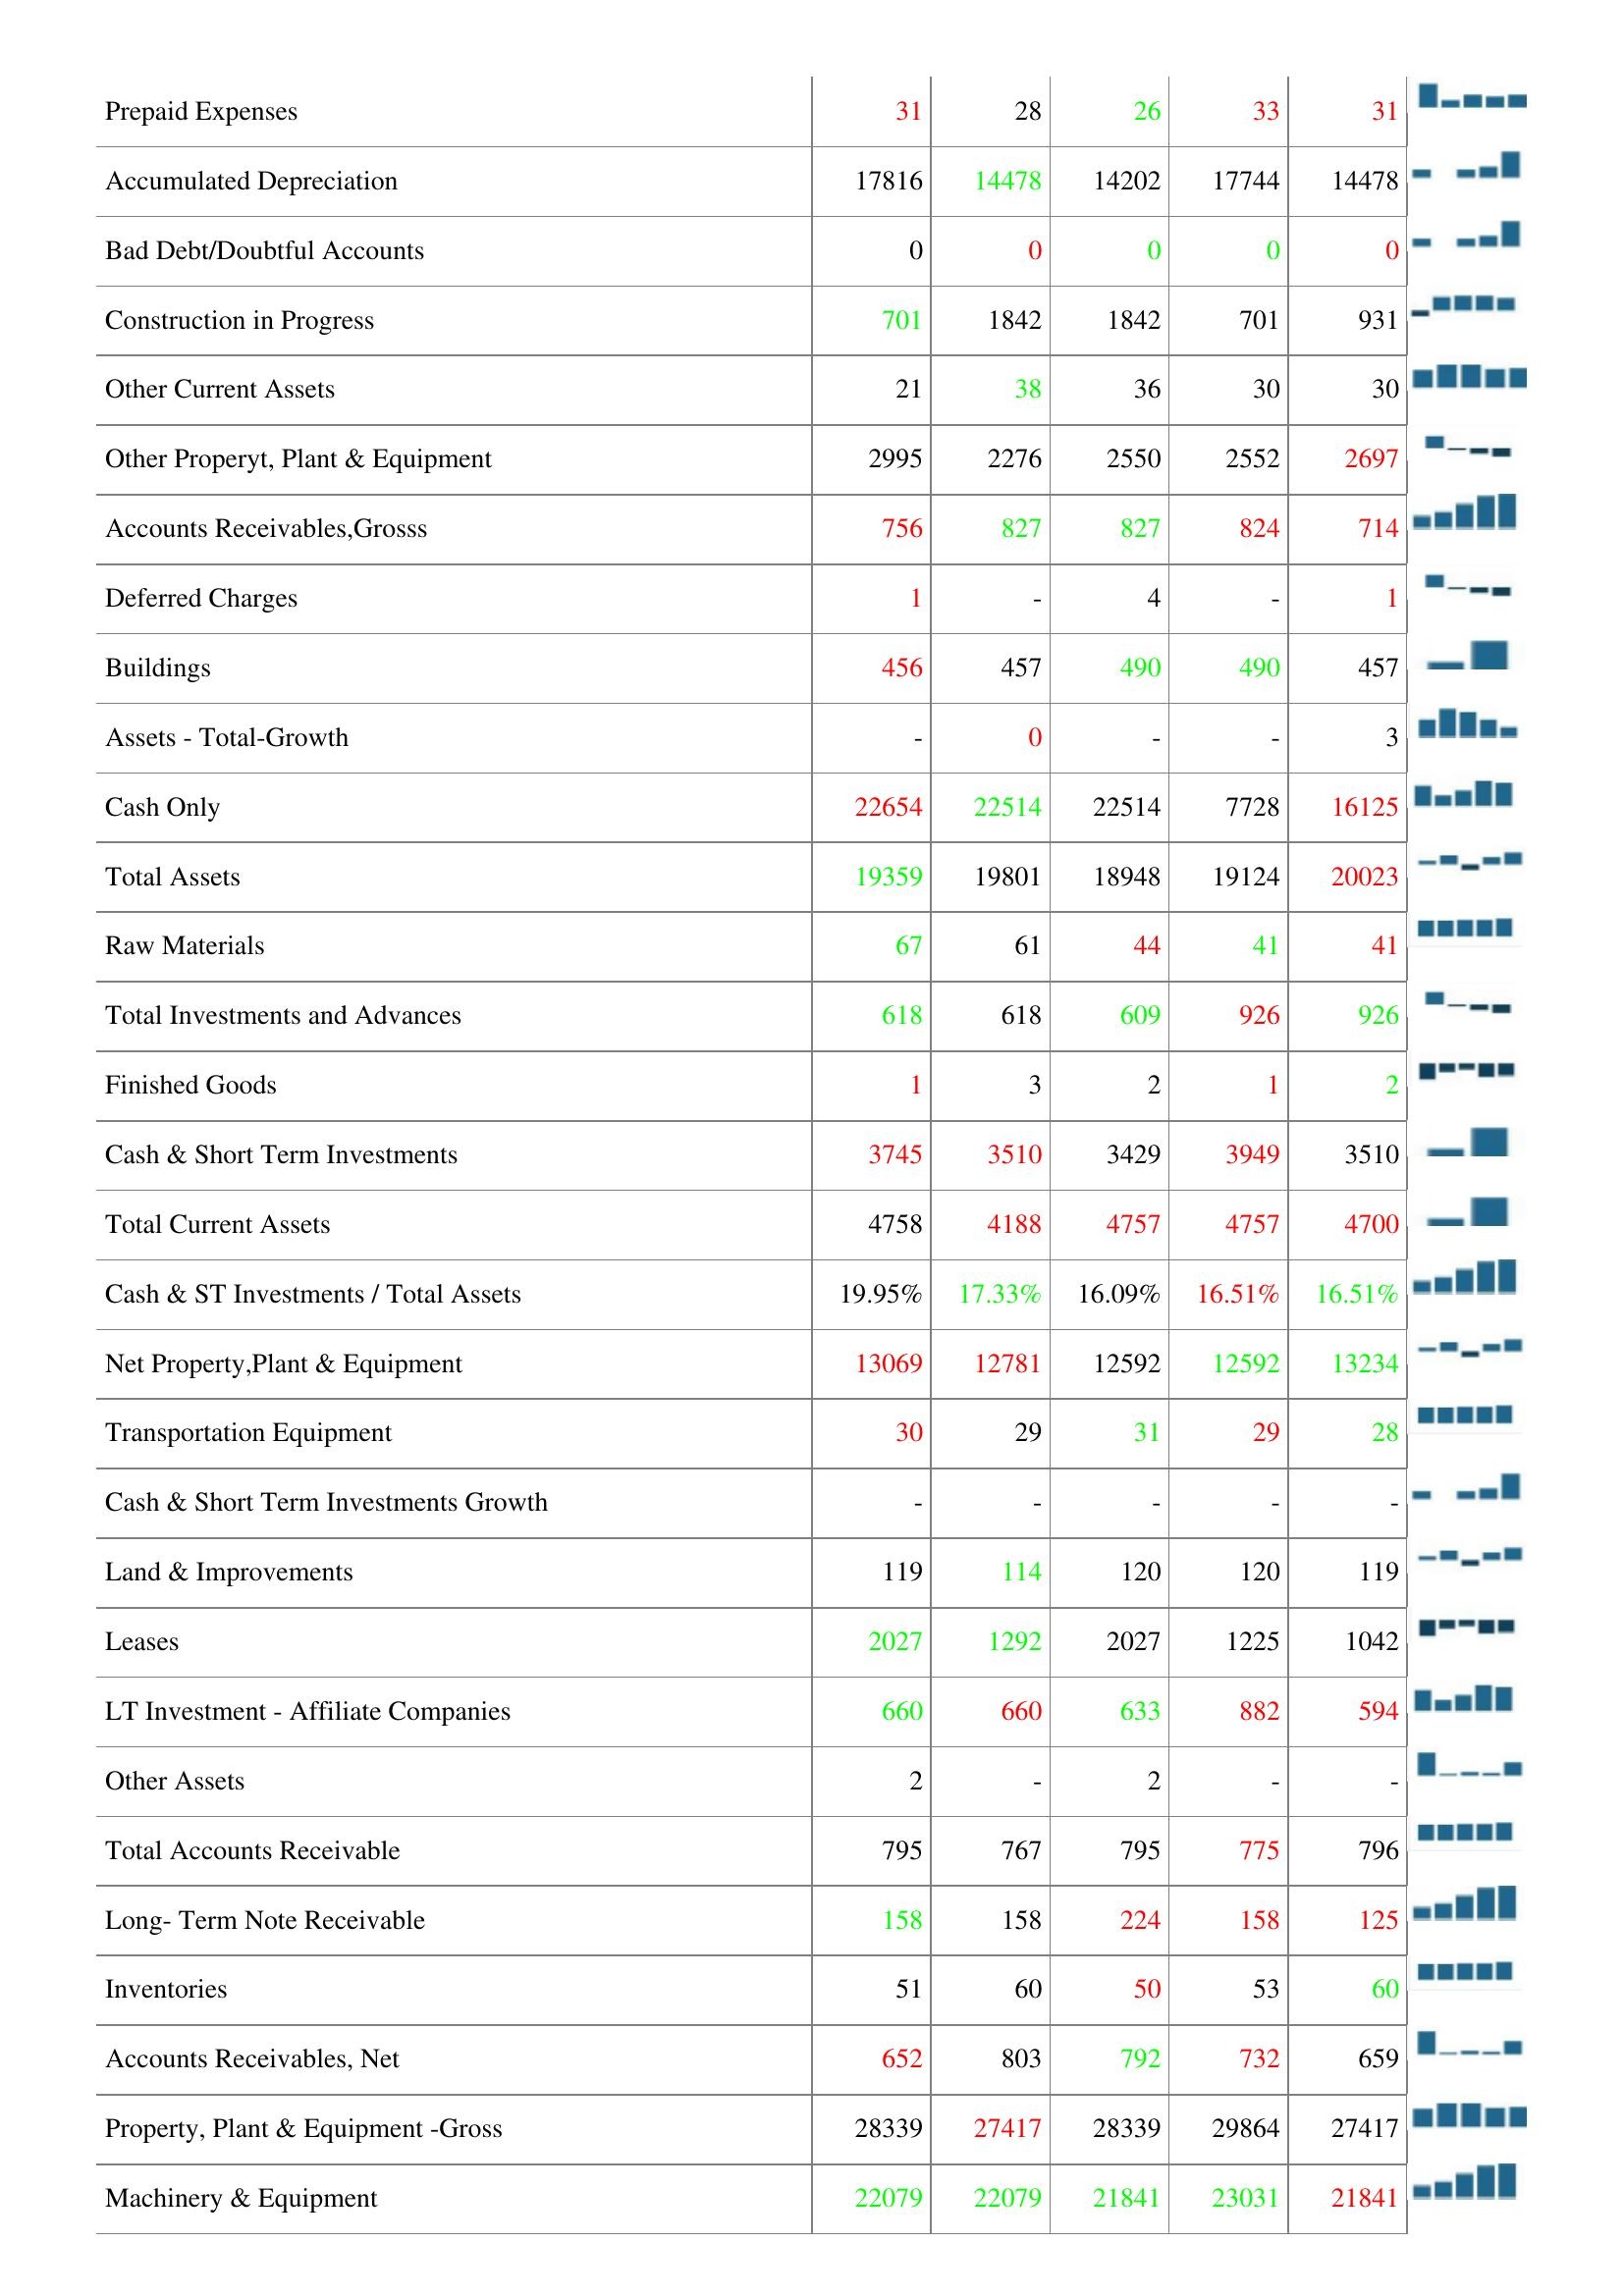
2017: Assets: Asset Turnover: -
Other Receivables: 217
Return On Average Assets: -
Accounts Receivables Growth: 8
Computer Software and Equipment: 209
Accounts Receivable Turnover: 6.13
Prepaid Expenses: 31
Accumulated Depreciation: 17816
Bad Debt/Doubtful Accounts: 0
Construction in Progress: 701
Other Current Assets: 21
Other Properyt, Plant & Equipment: 2995
Accounts Receivables,Grosss: 756
Deferred Charges: 1
Buildings: 456
Assets - Total-Growth: -
Cash Only: 22654
Total Assets: 19359
Raw Materials: 67
Total Investments and Advances: 618
Finished Goods: 1
Cash & Short Term Investments: 3745
Total Current Assets: 4758
Cash & ST Investments / Total Assets: 19.95%
Net Property,Plant & Equipment: 13069
Transportation Equipment: 30
Cash & Short Term Investments Growth: -
Land & Improvements: 119
Leases: 2027
LT Investment - Affiliate Companies: 660
Other Assets: 2
Total Accounts Receivable: 795
Long- Term Note Receivable: 158
Inventories: 51
Accounts Receivables, Net: 652
Property, Plant & Equipment -Gross: 28339
Machinery & Equipment: 22079
2016: Assets: Asset Turnover: 0
Other Receivables: 217
Return On Average Assets: 0
Accounts Receivables Growth: -
Computer Software and Equipment: 181
Accounts Receivable Turnover: 6.51
Prepaid Expenses: 28
Accumulated Depreciation: 14478
Bad Debt/Doubtful Accounts: 0
Construction in Progress: 1842
Other Current Assets: 38
Other Properyt, Plant & Equipment: 2276
Accounts Receivables,Grosss: 827
Deferred Charges: -
Buildings: 457
Assets - Total-Growth: 0
Cash Only: 22514
Total Assets: 19801
Raw Materials: 61
Total Investments and Advances: 618
Finished Goods: 3
Cash & Short Term Investments: 3510
Total Current Assets: 4188
Cash & ST Investments / Total Assets: 17.33%
Net Property,Plant & Equipment: 12781
Transportation Equipment: 29
Cash & Short Term Investments Growth: -
Land & Improvements: 114
Leases: 1292
LT Investment - Affiliate Companies: 660
Other Assets: -
Total Accounts Receivable: 767
Long- Term Note Receivable: 158
Inventories: 60
Accounts Receivables, Net: 803
Property, Plant & Equipment -Gross: 27417
Machinery & Equipment: 22079
2015: Assets: Asset Turnover: 0
Other Receivables: 276
Return On Average Assets: -
Accounts Receivables Growth: -
Computer Software and Equipment: 215
Accounts Receivable Turnover: 6.08
Prepaid Expenses: 26
Accumulated Depreciation: 14202
Bad Debt/Doubtful Accounts: 0
Construction in Progress: 1842
Other Current Assets: 36
Other Properyt, Plant & Equipment: 2550
Accounts Receivables,Grosss: 827
Deferred Charges: 4
Buildings: 490
Assets - Total-Growth: -
Cash Only: 22514
Total Assets: 18948
Raw Materials: 44
Total Investments and Advances: 609
Finished Goods: 2
Cash & Short Term Investments: 3429
Total Current Assets: 4757
Cash & ST Investments / Total Assets: 16.09%
Net Property,Plant & Equipment: 12592
Transportation Equipment: 31
Cash & Short Term Investments Growth: -
Land & Improvements: 120
Leases: 2027
LT Investment - Affiliate Companies: 633
Other Assets: 2
Total Accounts Receivable: 795
Long- Term Note Receivable: 224
Inventories: 50
Accounts Receivables, Net: 792
Property, Plant & Equipment -Gross: 28339
Machinery & Equipment: 21841
2014: Assets: Asset Turnover: 0
Other Receivables: 223
Return On Average Assets: -
Accounts Receivables Growth: -
Computer Software and Equipment: 215
Accounts Receivable Turnover: 6.08
Prepaid Expenses: 33
Accumulated Depreciation: 17744
Bad Debt/Doubtful Accounts: 0
Construction in Progress: 701
Other Current Assets: 30
Other Properyt, Plant & Equipment: 2552
Accounts Receivables,Grosss: 824
Deferred Charges: -
Buildings: 490
Assets - Total-Growth: -
Cash Only: 7728
Total Assets: 19124
Raw Materials: 41
Total Investments and Advances: 926
Finished Goods: 1
Cash & Short Term Investments: 3949
Total Current Assets: 4757
Cash & ST Investments / Total Assets: 16.51%
Net Property,Plant & Equipment: 12592
Transportation Equipment: 29
Cash & Short Term Investments Growth: -
Land & Improvements: 120
Leases: 1225
LT Investment - Affiliate Companies: 882
Other Assets: -
Total Accounts Receivable: 775
Long- Term Note Receivable: 158
Inventories: 53
Accounts Receivables, Net: 732
Property, Plant & Equipment -Gross: 29864
Machinery & Equipment: 23031
2013: Assets: Asset Turnover: -
Other Receivables: 217
Return On Average Assets: -
Accounts Receivables Growth: -
Computer Software and Equipment: 181
Accounts Receivable Turnover: 5.65
Prepaid Expenses: 31
Accumulated Depreciation: 14478
Bad Debt/Doubtful Accounts: 0
Construction in Progress: 931
Other Current Assets: 30
Other Properyt, Plant & Equipment: 2697
Accounts Receivables,Grosss: 714
Deferred Charges: 1
Buildings: 457
Assets - Total-Growth: 3
Cash Only: 16125
Total Assets: 20023
Raw Materials: 41
Total Investments and Advances: 926
Finished Goods: 2
Cash & Short Term Investments: 3510
Total Current Assets: 4700
Cash & ST Investments / Total Assets: 16.51%
Net Property,Plant & Equipment: 13234
Transportation Equipment: 28
Cash & Short Term Investments Growth: -
Land & Improvements: 119
Leases: 1042
LT Investment - Affiliate Companies: 594
Other Assets: -
Total Accounts Receivable: 796
Long- Term Note Receivable: 125
Inventories: 60
Accounts Receivables, Net: 659
Property, Plant & Equipment -Gross: 27417
Machinery & Equipment: 21841